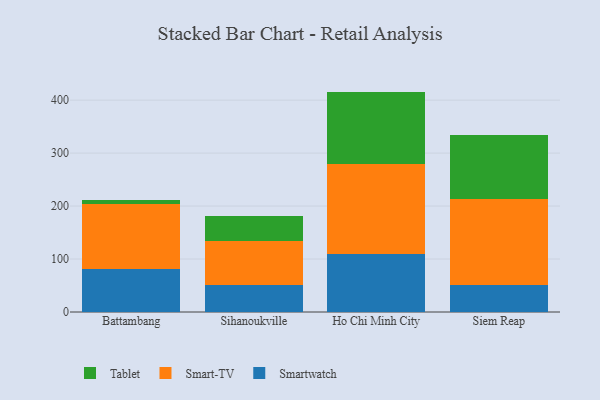
{"axis": {"x": "City", "y": "Latency (ms)"}, "legend": ["Smart-TV", "Smartwatch", "Tablet"], "data": [{"x": "Battambang", "y": 80.4, "type": "Smartwatch"}, {"x": "Battambang", "y": 123.5, "type": "Smart-TV"}, {"x": "Battambang", "y": 7.5, "type": "Tablet"}, {"x": "Sihanoukville", "y": 51.3, "type": "Smartwatch"}, {"x": "Sihanoukville", "y": 82.4, "type": "Smart-TV"}, {"x": "Sihanoukville", "y": 47.3, "type": "Tablet"}, {"x": "Ho Chi Minh City", "y": 109.6, "type": "Smartwatch"}, {"x": "Ho Chi Minh City", "y": 169.5, "type": "Smart-TV"}, {"x": "Ho Chi Minh City", "y": 137.0, "type": "Tablet"}, {"x": "Siem Reap", "y": 51.7, "type": "Smartwatch"}, {"x": "Siem Reap", "y": 161.0, "type": "Smart-TV"}, {"x": "Siem Reap", "y": 121.7, "type": "Tablet"}]}